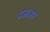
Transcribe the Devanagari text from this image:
प्रसअर